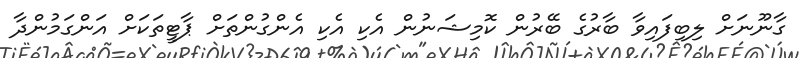
ގާނޫނަށް ލިބިފައިވާ ބާރުގެ ބޭރުން ކޮމިޝަނުން އެކި އެކި އެންގުންތަށް ޕާޓީތަކަށް އަންގަމުންދާ